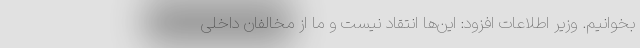
بخوانیم. وزیر اطلاعات افزود: این‌ها انتقاد نیست و ما از مخالفان داخلی